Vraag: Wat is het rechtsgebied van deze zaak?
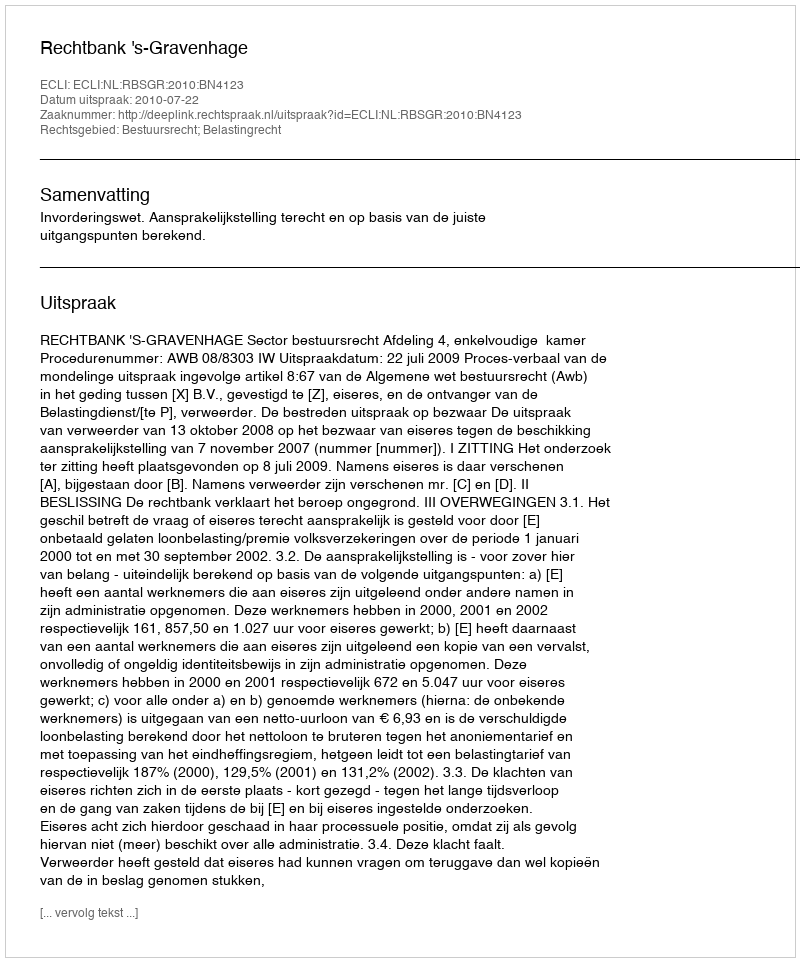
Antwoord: Bestuursrecht; Belastingrecht